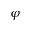
\varphi